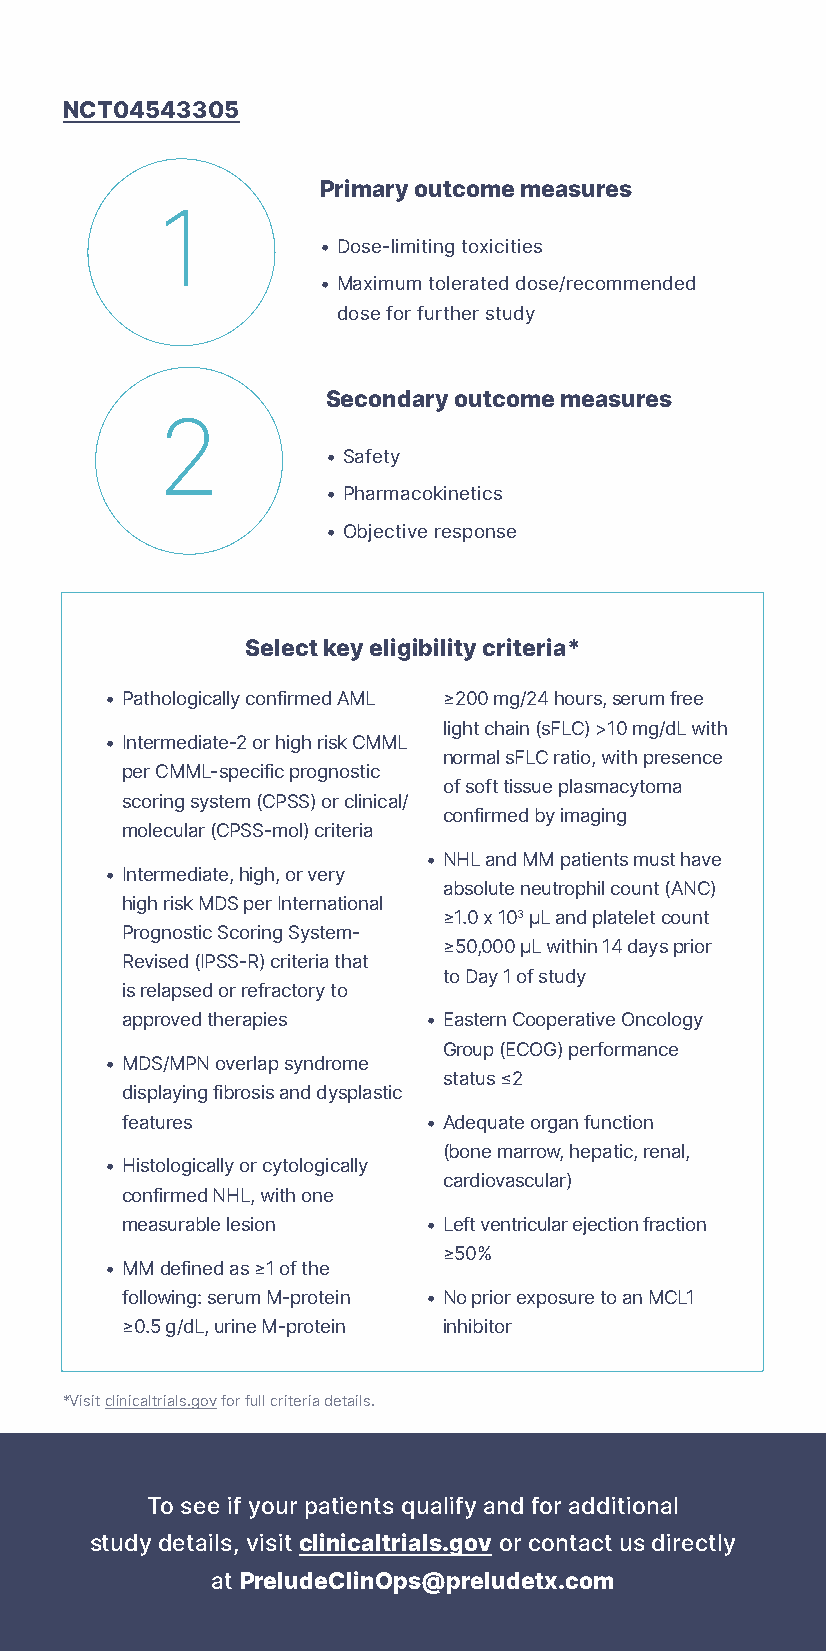
NCT04543305
 Primary outcome measures
 1
 • Dose-limiting toxicities
 • Maximum tolerated dose/recommended
 dose for further study
 Secondary outcome measures
 2
 • Safety
 • Pharmacokinetics
 • Objective response
 Select key eligibility criteria*
 • Pathologically confirmed AML ≥200 mg/24 hours, serum free
 light chain (sFLC) >10 mg/dL with
 • Intermediate-2 or high risk CMML
 normal sFLC ratio, with presence
 per CMML-specific prognostic
 of soft tissue plasmacytoma
 scoring system (CPSS) or clinical/
 confirmed by imaging
 molecular (CPSS-mol) criteria
 • NHL and MM patients must have
 • Intermediate, high, or very
 absolute neutrophil count (ANC)
 high risk MDS per International
 ≥1.0 x 103 μL and platelet count
 Prognostic Scoring System-
 ≥50,000 μL within 14 days prior
 Revised (IPSS-R) criteria that
 to Day 1 of study
 is relapsed or refractory to
 approved therapies  • Eastern Cooperative Oncology
 Group (ECOG) performance
 • MDS/MPN overlap syndrome
 status ≤2
 displaying fibrosis and dysplastic
 features            • Adequate organ function
 (bone marrow, hepatic, renal,
 • Histologically or cytologically
 cardiovascular)
 confirmed NHL, with one
 measurable lesion   • Left ventricular ejection fraction
 ≥50%
 • MM defined as ≥1 of the
 following: serum M-protein • No prior exposure to an MCL1
 ≥0.5 g/dL, urine M-protein inhibitor
 *Visit clinicaltrials.gov for full criteria details.
 To see if your patients qualify and for additional
 study details, visit clinicaltrials.gov or contact us directly
 at PreludeClinOps@preludetx.com